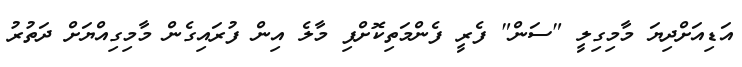
އަޑިއަށްދިޔަ މާމިގިލީ "ސަން" ފެރީ ފެންމަތިކޮށްފި މާލެ އިން ފުރައިގެން މާމިގިއްޔަށް ދަތުރު